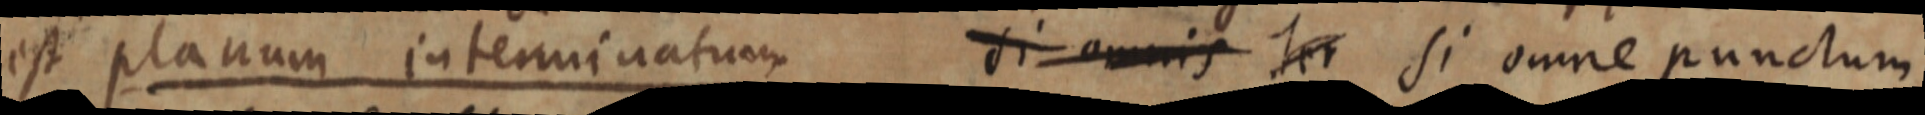
est planum interminatum si omnis et si omne punctum